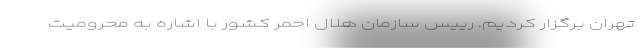
تهران برگزار کردیم. رییس سازمان هلال احمر کشور با اشاره به محرومیت